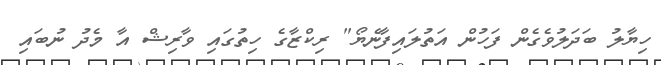
ހިޔާލު ބަދަލުވެގެން ފަހުން އަތުލައިފާނެޔޯ" ރިކްޒާގެ ހިތުގައި ވާރިޝް އާ މެދު ނުބައި